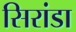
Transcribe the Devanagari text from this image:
सिरांडा